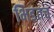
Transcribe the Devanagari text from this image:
भिडतच